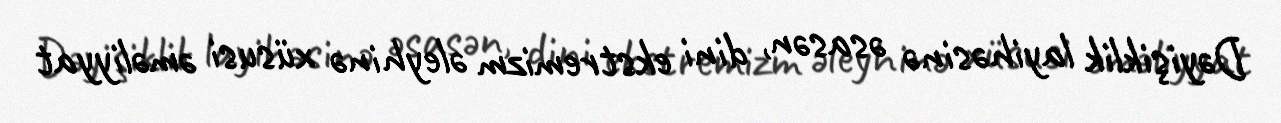
Dəyişiklik layihəsinə əsasən, dini ekstremizm əleyhinə xüsusi əməliyyat